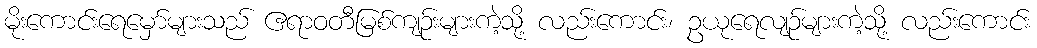
မိုးကောင်းရေမှော်များသည် ဧရာဝတီမြစ်ကျဉ်းများကဲ့သို့ လည်းကောင်း၊ ဥယုရေလျဉ်များကဲ့သို့ လည်းကောင်း